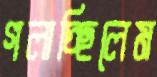
গলাচ্ছিলেম